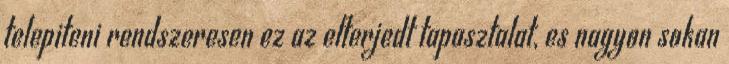
telepiteni rendszeresen ez az elterjedt tapasztalat, es nagyon sokan